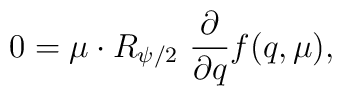
0 = \mu\cdot R_{\psi/2}\ {\partial\over {\partial q}}f(q,\mu),